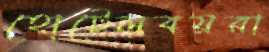
হোটেলবয়রা